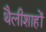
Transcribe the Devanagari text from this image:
थैलीशाहों